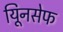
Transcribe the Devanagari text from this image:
यूिनसेफ